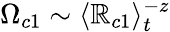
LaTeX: \Omega_{c1}\sim\langle\mathbb{R}_{c1}\rangle_{t}^{-z}